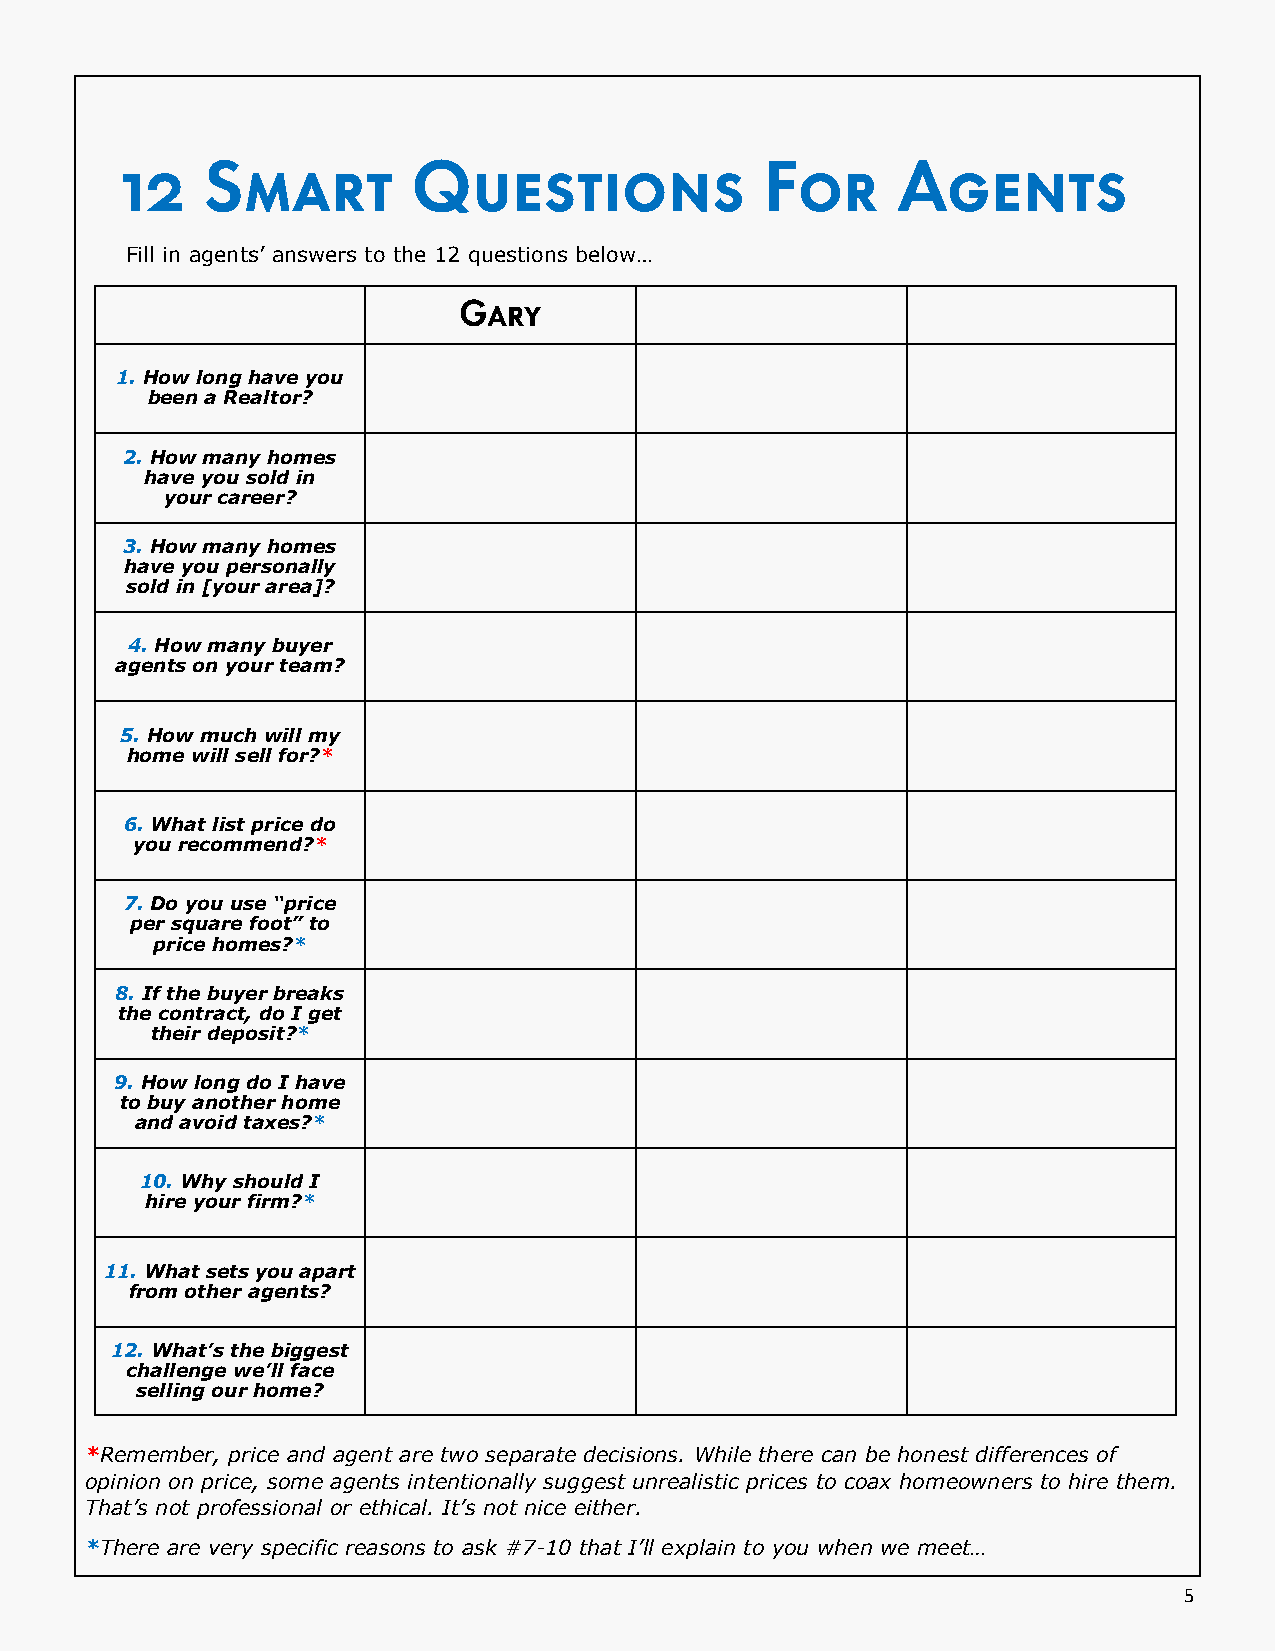
Fill in agents’ answers to the 12 questions below…
 1. How long have you
 been a Realtor?
 2. How many homes
 have you sold in
 your career?
 3. How many homes
 have you personally
 sold in [your area]?
 4. How many buyer
 agents on your team?
 5. How much will my
 home will sell for?*
 6. What list price do
 you recommend?*
 7. Do you use “price
 per square foot” to
 price homes?*
 8. If the buyer breaks
 the contract, do I get
 their deposit?*
 9. How long do I have
 to buy another home
 and avoid taxes?*
 10. Why should I
 hire your firm?*
 11. What sets you apart
 from other agents?
 12. What’s the biggest
 challenge we’ll face
 selling our home?
 *Remember, price and agent are two separate decisions. While there can be honest differences of
 opinion on price, some agents intentionally suggest unrealistic prices to coax homeowners to hire them.
 That’s not professional or ethical. It’s not nice either.
 *There are very specific reasons to ask #7-10 that I’ll explain to you when we meet…
 5